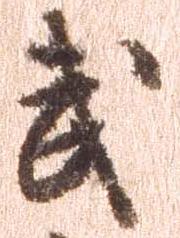
武